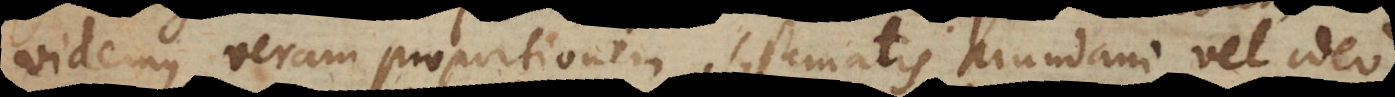
videmus veram proportionem Systematis Mundani vel ideo